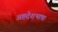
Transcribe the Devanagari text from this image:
अष्टदेशभाषा